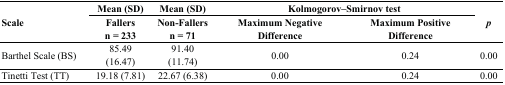
<table><thead><tr><td rowspan="2"><b>Scale</b></td><td><b>Mean (SD)</b></td><td><b>Mean (SD)</b></td><td colspan="2"><b>Kolmogorov–Smirnov test</b></td><td rowspan="2"><b><i>p</i></b></td></tr><tr><td><b>Fallers n = 233</b></td><td><b>Non-Fallers n = 71</b></td><td><b>Maximum Negative Difference</b></td><td><b>Maximum Positive Difference</b></td></tr></thead><tbody><tr><td>Barthel Scale (BS)</td><td>85.49 (16.47)</td><td>91.40 (11.74)</td><td>0.00</td><td>0.24</td><td>0.00</td></tr><tr><td>Tinetti Test (TT)</td><td>19.18 (7.81)</td><td>22.67 (6.38)</td><td>0.00</td><td>0.24</td><td>0.00</td></tr></tbody></table>